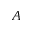
A